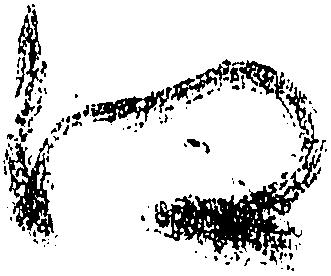
江